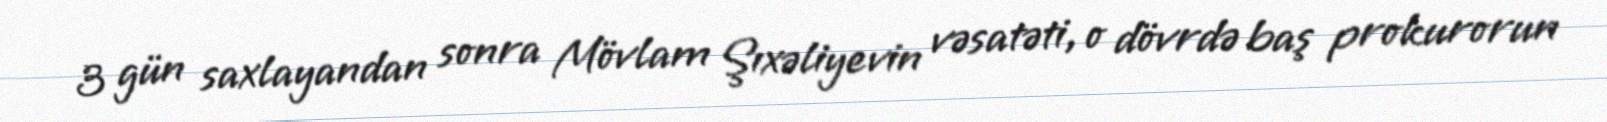
3 gün saxlayandan sonra Mövlam Şıxəliyevin vəsatəti, o dövrdə baş prokurorun